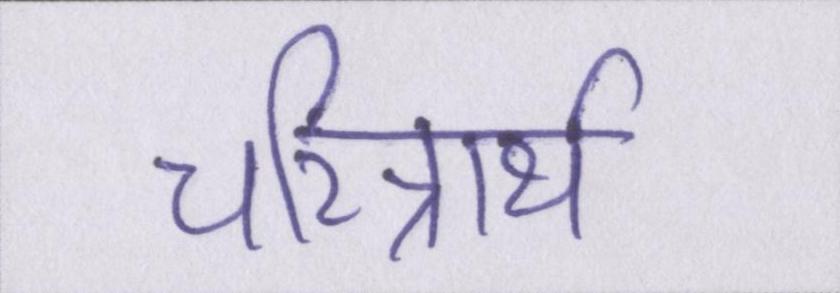
चरित्रार्थ